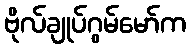
ဗိုလ်ချုပ်ဂွမ်မော်က